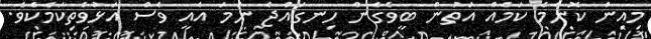
މިއިން ކޮންމެ ކަމެއް އަތުން ބީވެގެން ހިނގައްޖެ ނަމަ އެއީ ވެސް އަޅުވެތިކަމެކެވެ.